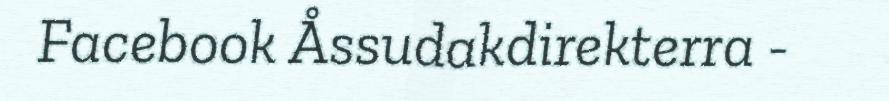
Facebook Åssudakdirekterra -